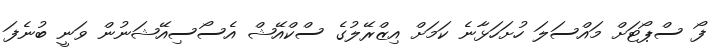
ފޯ ސްޕޯޓަށް މައްސަލަ ހުށަހަޅާނެ ކަމަށް އިޒްރޭލުގެ ސްކްއޭޝް އެސޯސިއޭޝަނުން ވަނީ ބުނެފަ